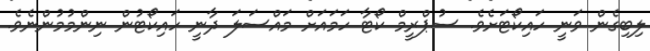
ލިބިގެން ވަނީ ހައިކޯޓަށެވެ. ސުޕްރީމް ކޯޓާ ހަމައަށް މައްސަލަ ދާނީ ހައިކޯޓުން ނިންމުމުންނެވެ.